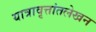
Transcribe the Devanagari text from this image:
यात्रावृत्तांतलेखन